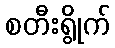
စတီးရွိုက်